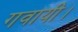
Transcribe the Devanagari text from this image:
गवायी।